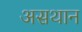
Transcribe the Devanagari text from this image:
असथान